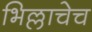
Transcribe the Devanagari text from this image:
भिल्लाचेच